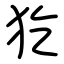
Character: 犵